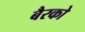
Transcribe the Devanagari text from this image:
बैरको